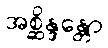
အစ္ဆိန္ဒန္တော